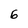
Character: 6